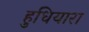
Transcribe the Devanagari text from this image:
हुधियारा